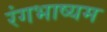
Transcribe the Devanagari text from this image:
रंगभाष्यम